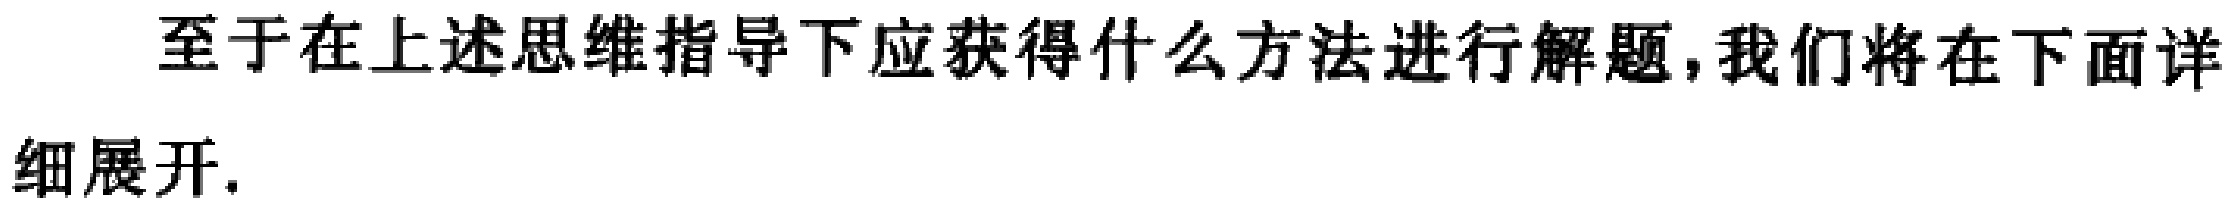
至于在上述思维指导下应获得什么方法进行解题，我们将在下面详细展开.